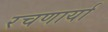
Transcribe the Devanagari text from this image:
रचणार्या